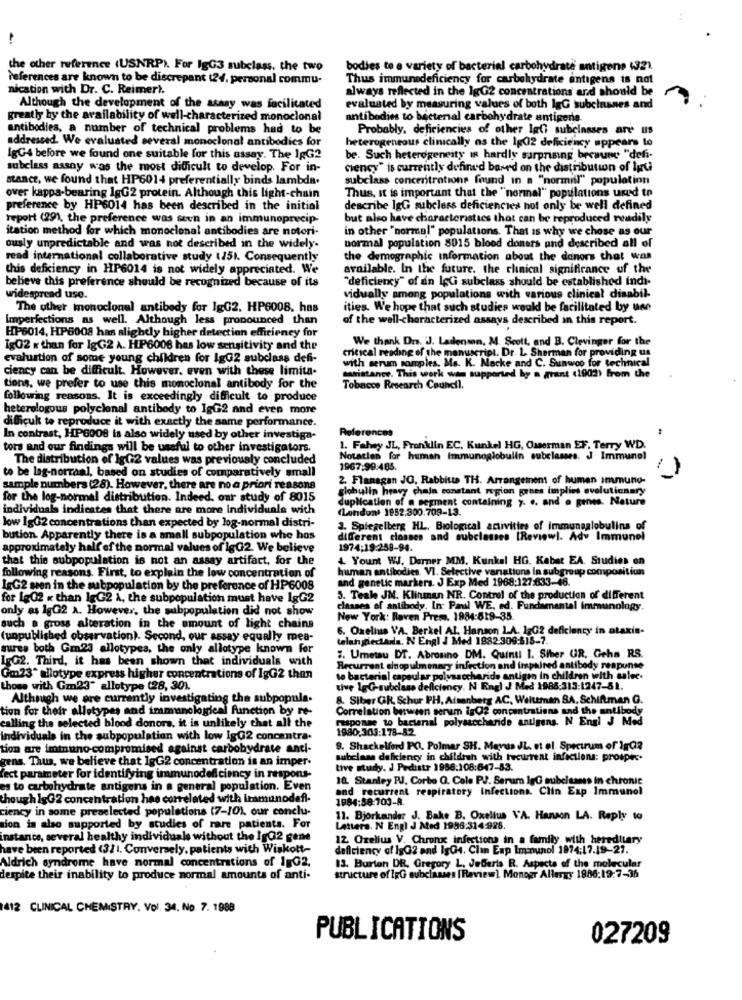
the other reference (USNRP). For IgG3 subclass, the two
bodies to a variety of bacterial carbohydrate antigone (321.
references are known to be discrepant (24, personal commu-
Thus immunedeficiency for carbohydrate entigens is not
nication with Dr. C. Reimer).
always reflected in the IgG2 concentrations and should be
Although the development of the asasy was facilitated
evaluated by measuring values of both lgG subclasses and
greatly by the availability of well-characterized monoclonal
antibodies to bacterial carbohydrate antigene.
antibodies, a number of technical problems had to be
Probably, deficiencies of other lati subclasses are us
addressed. We evaluated several monoclonal antibodies for
heterogeneous clinically as the 1502 deficiency appears to
lgG4 before we found one suitable for this assay. The IgG2
be. Such heterogeneity is hardly surprising becaune "defi-
subclass assay was the most difficult to develop. For in-
ciency" is currently defined based on the distribution of Inci
stance, we found that HP6014 preferentially binds lambda.
subclass concentrations found in a "normill" population
over kappa-bearing lgG2 protein. Although this light-chain
Thus, it is important that the "normal" populations used to
preference by HP6014 has been described in the initial
describe lgG subeless deficiencies hot only be well defined
report (29), the preference was sovn in an immunoprecip-
but also have characteristics that can be reproduced readily
itation method for which monoclonal antibodies are notori.
in other "normal" populations. That is why we chose as our
ously unpredictable and was not described in the widely.
normal population 8015 blood doners und described all of
read international collaborative study (25). Consequently
the demographic information about the danors that was
this deficiency in HP6014 is not widely appreciated. We
available. In the future. the clinical significance of the
believe this preference should be recognized because of its
"deficiency" of ain IçGi subclass should be established indi-
widespread use.
vidually among populations with various clinical disabil-
The other monoclonal antibody for lgG2. HP6008, has
ities. We hope that such studies would be facilitated by une
Imperfections as well. Although less pronounced than
of the well-characterized assays described in this report.
HP6014, HP6008 has slightly higher detection efficiency for
We thank Dr. J. Ladensan, M. Scott, and B. Clevinger for the
Ig02 x than for IgG2 A. HP6008 has low sensitivity and the
evaluation of some young children for lgG2 subclass defi-
with serum samples, Ms. K. Macke and C. Sunwoo for technical
critical reading of the manuscript.
uscript. Dr. L. Sherman for providing us
ciency can be difficult. However, even with these limita-
saristance. This work was supported by a grant (1902) from the
tions, we prefer to use this monoclonal antibody for the
Tobacco Research Council.
following reasons. It is exceedingly difficult to produce
heterologous polyclonal antibody to IgG2 and even more
difficult to reproduce it with exactly the same performance.
References
In contrast, HP6008 is also widely used by other investiga-
tors and our findings will be useful to other investigators.
1. Fahey JL, Franklin EC, Kunkel HG, Osterman EF. Terry WD.
The distribution of lgG2 values was previously concluded
Notatles for human immunoglobulin subclasses. J Immunol
to be lag-norranl, based on studies of comparatively small
1967:99:485.
2. Flanagan JO, Rabbits TH. Arrangement of human immuno-
sample numbers (28). However, there are no a priori reasons
globulin heavy chaja constant region grnes implies evolutionary
for the log-normal distribution. Indeed, our study of 8015
duplication of @ segment containing 7. .. and e genes. Nature
individuals indicates that there are more individuale with
(London) 1952.300.709-13.
low 1gG2 concentrations than expected by log-normal distri-
3. Spiegelberg HL. Biological activities of immungglobulins of
bution. Apparently there is a small subpopulation whe hos
different classes and subclasses [Reviewl. Adv Immunel
approximately half of the normal values of lgG2. We believe
1974:19:258-94.
that this subpopulation is not an assay artifact, for the
4 Yount WJ. Durner MM. Kunkel HG. Kabet EA. Studies on
human antibodies. VI. Selective variations in subgroup compositiun
following reasons. First, to explain the low concentration of
and genetic markers. J Exp Med 1968:127:633-46.
1gG2 seen in the subpopulation by the preference of HP6008
for Lg02 x than 1gG2 A, the subpopulation must have lgG2
5. Teale JN. Klinman NR. Control of the production of different
only as 1gG2 a. However, the subpopulation did not show
classes of antibody. In: Pawl WE, ed. Fundamental Immunology.
New York: Raven Press. 1984:619-35.
such . gross alteration in the amount of light chains
6. Oxelius V'A. Berkel Al. Hanson LA. 1202 deficiency in ataxis-
(unpublished observation). Second, our assay equally mea-
telangiedada. N Engl J Med 1982-309:515-7.
suures both Gm.23 allotypes, the only allotype known for
LgG2. Third, it has been shown that individuals with
5. Umetau DT. Abrosino DM. Quindi 1. Ster UR. Geha RS.
Recurrent sinopulmonary infection and impaired antibody response
Gm23* allotype express higher concentrations of IgG2 then
to bacterial capsular polysaccharide antigen in children with salee.
those with Gm23" alletype (28, 301.
tive 1gG-subclass deficiency. N Engl J Med 1988:313-1247-81.
Although we are currently investigating the subpopula.
8. Siber GR, Schur IPH, Atsanberg AC, Welttman SA, Schiftman G.
tion for their alletypes and immunological function by re-
Correlation between serum igQ2 concentrations and the antibody
calling the selected blood donors, it is unlikely that all the
response to bacterial polysaccharide antigens. N Engl J Med
1980,303:178-82.
individuals in the subpopulation with low lgG2 concentra.
ion are iminuno-compromised against carbohydrate anti-
8. Shackelford PC, Polmar SH. Mayus JL. et el Spectrum of Ig02
gens. Thus, we believe that lgG2 concentration is an imper-
subclass defkiency in childish with recurrent infections: prospec.
tive study. J Pedistr 1956:108:647-83.
fect parameter for identifying immunodeficiency in respons-
10. Stanley RJ, Corto Q. Cole PJ. Serum lgG subclasses In chronic
es to carbohydrate antigens in a general population. Even
and recurrent respiratory Infections. Clin Exp Immunol
though I&G2 concentration has correlated with immunodefl-
1984:58-703-8.
ciency in some preselected populations (7-10), our conclu-
11. Bjorkander J. Bake B. Oxellus VA. Hanson LA. Reply to
sion is also supported by studies of rare patients. For
Lattera. N Engl J Med 1996:314.926.
instance, several healthy individuals without the IgQ2 gene
12 Ozelius V. Chrone infections in a family with hereditary
have been reported <311. Conversely, patients with Wiskott-
deficiency of 1902 and IgG4. Clin Exp Immunol 1974:17.19-27.
Aldrich syndrome have normal concentrations of 1 G2.
13. Burton DR. Gregory L. Jederis R. Aspects of the molecular
despite their inability to produce normal amounts of anti-
structure of IpG subclasses [ Review). Monogr Allergy 1986:19:7-36
1412 CLINICAL CHEMISTRY, Vol. 34, No. 7. 1988
PUBLICATIONS
027209